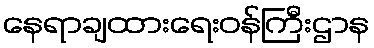
နေရာချထားရေးဝန်ကြီးဌာန